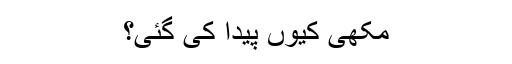
مکھی کیوں پیدا کی گئی؟